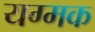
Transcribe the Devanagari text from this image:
यग्मक